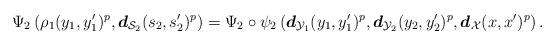
LaTeX: \begin{align*}\Psi_2 \left( \rho_1(y_1, y_1^\prime)^{p} , \boldsymbol{d}_{\mathcal{S}_2}(s_2, s_2^\prime)^p \right) = \Psi_2 \circ \psi_2 \left( \boldsymbol{d}_{\mathcal{Y}_1}(y_1, y_1^\prime)^{p} , \boldsymbol{d}_{\mathcal{Y}_2}(y_2, y_2^\prime )^p , \boldsymbol{d}_{\mathcal{X}}(x, x^\prime)^p \right).\end{align*}